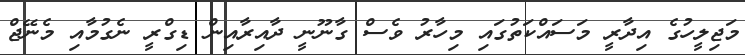
މަޖިލީހުގެ އިދާރީ މަސައްކަތުގައި މިހާރު ވެސް ގާނޫނީ ދާއިރާއިން ޑިގްރީ ނެގުމާއި މެނޭޖް